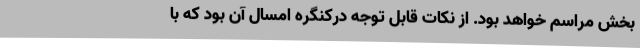
بخش مراسم خواهد بود. از نکات قابل توجه درکنگره امسال آن بود که با